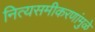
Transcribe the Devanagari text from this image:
नित्यसमीकरणांमुळे